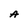
Character: A